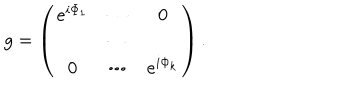
LaTeX: g = \left( \begin{array} { c c c } { { e ^ { i \Phi _ { 1 } } } } & { { \cdots } } & { { 0 } } \\ { { } } & { { \cdots } } & { { } } \\ { { 0 } } & { { \cdots } } & { { e ^ { i \Phi _ { k } } } } \\ \end{array} \right) .